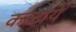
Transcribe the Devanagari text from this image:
कळायें